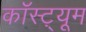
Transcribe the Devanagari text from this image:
कॉस्ट़्यूम